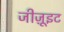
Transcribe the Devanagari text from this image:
जीज़ूइट